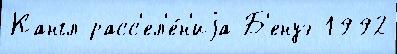
Кангл расс'ел'е́н'иjа Б'енуэ 1992